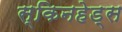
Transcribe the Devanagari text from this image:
स्किनहेड्स